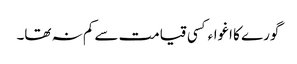
گورے کا اغواءکسی قیامت سے کم نہ تھا۔